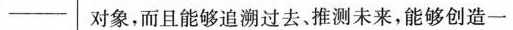
— 对象，而且能够追溯过去、推测未来，能够创造一